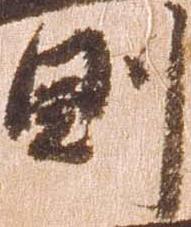
則